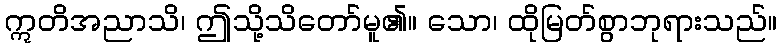
ဣတိအညာသိ၊ ဤသို့သိတော်မူ၏။ သော၊ ထိုမြတ်စွာဘုရားသည်။